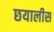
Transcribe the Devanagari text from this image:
छयालीस